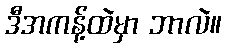
ဒီအကန့်ထဲမှာ ဘာလဲ။